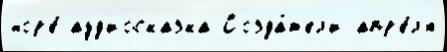
нор'е́ ауд'иосказка Созда́т'ел'и апр'е́л'я